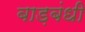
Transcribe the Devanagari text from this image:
बाड़बंधी